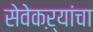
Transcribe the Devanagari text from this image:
सेवेकऱ्यांचा